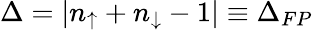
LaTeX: \Delta=|n_{\uparrow}+n_{\downarrow}-1|\equiv\Delta_{FP}